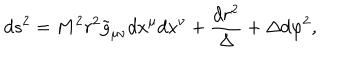
d s ^ { 2 } = M ^ { 2 } r ^ { 2 } { \tilde { g } } _ { \mu \nu } d x ^ { \mu } d x ^ { \nu } + \frac { d r ^ { 2 } } { \Delta } + { \Delta } d { \varphi ^ { 2 } } ,